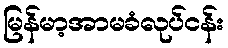
မြန်မာ့အာမခံလုပ်ငန်း